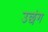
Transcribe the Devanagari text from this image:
उछंग